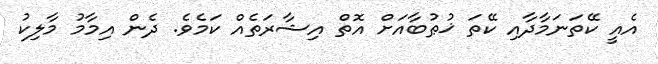
އެއީ ކޭތަނަމާދާއި ކޭތަ ޚުޠުބާއަށް އޮތް އިޝާރަތެއް ކަމެވެ. ދެން އިމާމު މާލިކު